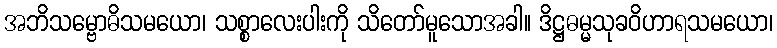
အဘိသမ္ဗောဓိသမယော၊ သစ္စာလေးပါးကို သိတော်မူသောအခါ။ ဒိဋ္ဌဓမ္မသုခဝိဟာရသမယော၊